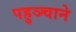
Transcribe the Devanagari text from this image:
पहुञ्चाने